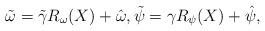
LaTeX: \begin{align*}\tilde \omega=\tilde \gamma R_{\omega}(X) + \hat \omega, \tilde \psi= \gamma R_{\psi}(X) +\hat \psi, \end{align*}